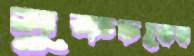
সুকচরের